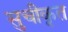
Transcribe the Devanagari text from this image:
सुचीकृत